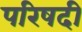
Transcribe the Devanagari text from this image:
परिषदी